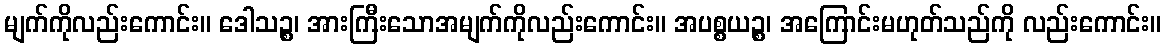
မျက်ကိုလည်းကောင်း။ ဒေါသဉ္စ၊ အားကြီးသောအမျက်ကိုလည်းကောင်း။ အပစ္စယဉ္စ၊ အကြောင်းမဟုတ်သည်ကို လည်းကောင်း။